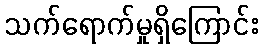
သက်ရောက်မှုရှိကြောင်း